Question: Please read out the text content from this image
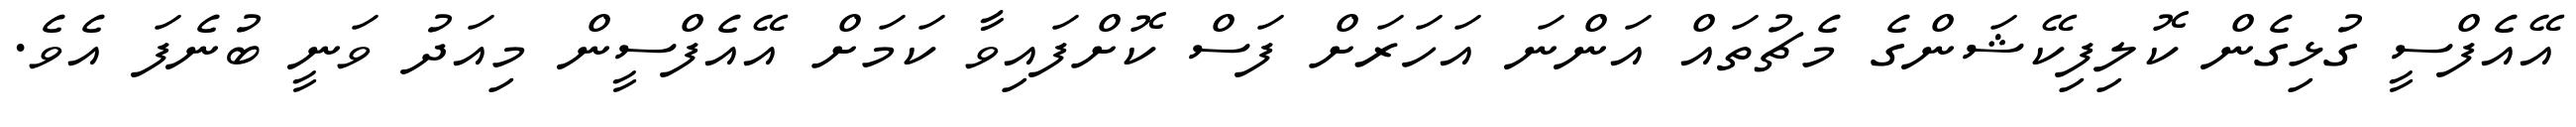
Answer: އޭއެފްސީ ގުޅިގެން ކޮލިފިކޭޝަންގެ މެޗުތައް އަންނަ އަހަރަށް ފަސް ކޮށްފައިވާ ކަމަށް އޭއެފްސީން މިއަދު ވަނީ ބުނެފަ އެވެ.